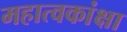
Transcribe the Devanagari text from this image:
महात्वकांक्षा